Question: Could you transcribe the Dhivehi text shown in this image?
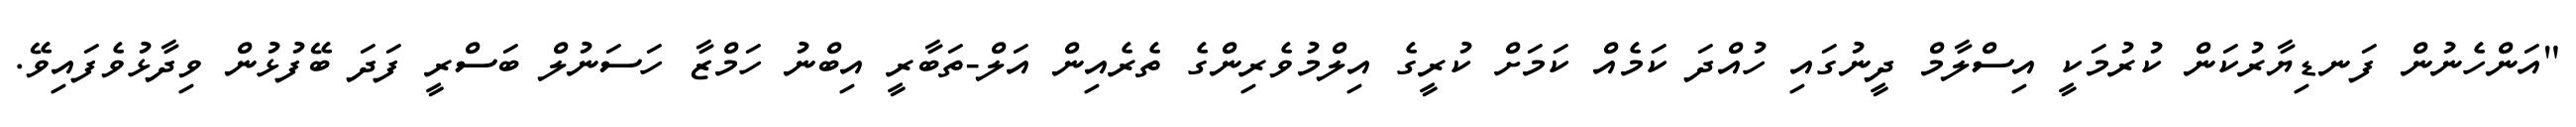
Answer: "އަންހެނުން ފަނޑިޔާރުކަން ކުރުމަކީ އިސްލާމް ދީނުގައި ހުއްދަ ކަމެއް ކަމަށް ކުރީގެ އިލްމުވެރިންގެ ތެރެއިން އަލް-ތަބާރީ އިބްނު ހަމްޒާ ހަސަނުލް ބަސްރީ ފަދަ ބޭފުޅުން ވިދާޅުވެފައިވޭ.